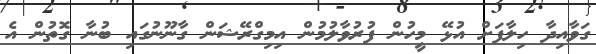
ގަވާއިދާ ހިލާފަށް އުޅޭ މީހުން ފުރުވާލުމުން އިމިގްރޭޝަން ގާނޫނުގައި ބުނާ ގޮތުން އެ